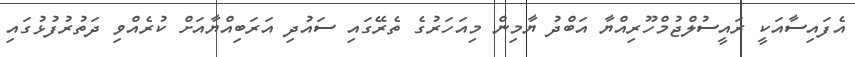
އެފައިސާއަކީ ރައީސުލްޖުމްހޫރިއްޔާ އަބްދު ޔާމިން މިއަހަރުގެ ތެރޭގައި ސައުދި އަރަބިއްޔާއަށް ކުރެއްވި ދަތުރުފުޅުގައި